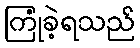
ကြုံခဲ့ရသည်